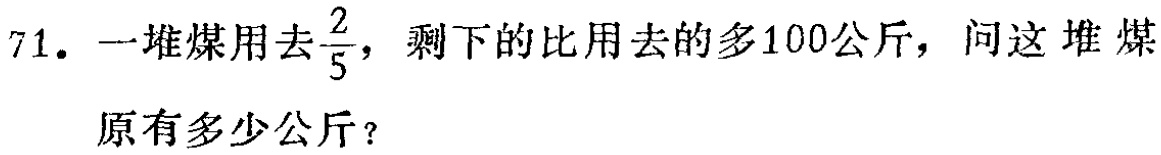
71. 一堆煤用去$\frac{2}{5}$，剩下的比用去的多100公斤，问这堆煤原有多少公斤？